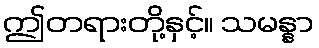
ဤတရားတို့နှင့်။ သမန္နာ